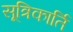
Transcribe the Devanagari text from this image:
सूत्रिकार्ति